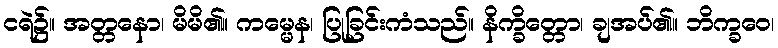
ငရဲ၌။ အတ္တနော၊ မိမိ၏။ ကမ္မေန၊ ပြုခြင်းကံသည်။ နိက္ခိတ္တော၊ ချအပ်၏။ ဘိက္ခဝေ၊